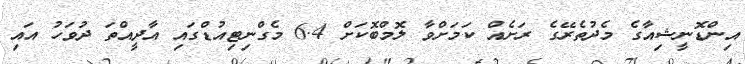
އިންޑޮނީޝިއާގެ މެދުތެރޭގެ ރަށެއް ކަމަށްވާ ލޮމްބޮކަށް 6.4 މެގްނިޓިއުޑްގައި އާދީއްތަ ދުވަހު އައި